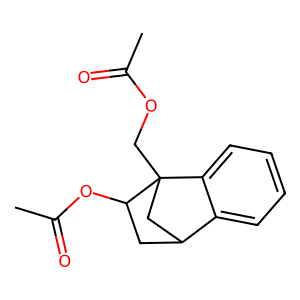
SMILES: CC(=O)OCC12CC(CC1OC(C)=O)c1ccccc12
Inhibits HIV replication: No